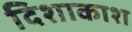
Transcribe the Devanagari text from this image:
दिशाकाश